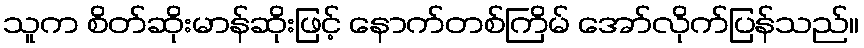
သူက စိတ်ဆိုးမာန်ဆိုးဖြင့် နောက်တစ်ကြိမ် အော်လိုက်ပြန်သည်။